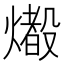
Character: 𤐢